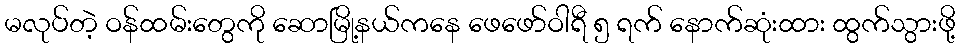
မလုပ်တဲ့ ဝန်ထမ်းတွေကို ဆောမြို့နယ်ကနေ ဖေဖော်ဝါရီ ၅ ရက် နောက်ဆုံးထား ထွက်သွားဖို့